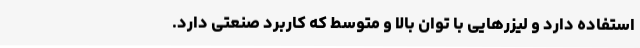
استفاده دارد و لیزرهایی با توان بالا و متوسط که کاربرد صنعتی دارد.